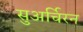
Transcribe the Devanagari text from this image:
सुअर्चिरन